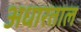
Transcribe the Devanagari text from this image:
अधारताल